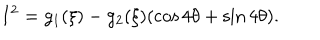
LaTeX: I ^ { 2 } = g _ { 1 } ( \xi ) - g _ { 2 } ( \xi ) ( \cos 4 \theta + \sin 4 \theta ) .